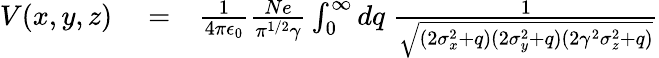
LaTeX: \begin{array}{rlr}{V(x,y,z)}&{{}=}&{\frac{1}{4\pi\epsilon_{0}}\frac{Ne}{\pi^{1/2}\gamma}\int_{0}^{\infty}dq\; \frac{1}{\sqrt{(2\sigma_{x}^{2}+q)(2\sigma_{y}^{2}+q)(2\gamma^{2}\sigma_{z}^{2}+q)}}}\end{array}